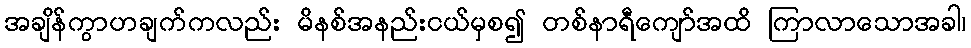
အချိန်ကွာဟချက်ကလည်း မိနစ်အနည်းငယ်မှစ၍ တစ်နာရီကျော်အထိ ကြာလာသောအခါ၊